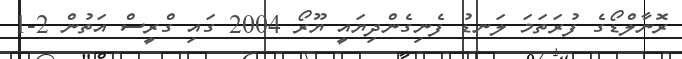
ރޮނާލްޑޯގެ ފުރަތަމަ ލަނޑު ފެނިގެންދިޔައީ ޔޫރޯ 2004 ގައި ގްރީސް އަތުން 2-1